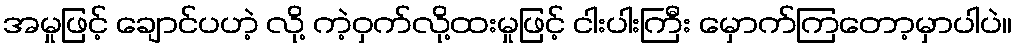
အမှုဖြင့် ချောင်ပဟဲ့ လို့ ကဲ့ဝှက်လို့ထးမှုဖြင့် ငါးပါးကြီး မှောက်ကြတော့မှာပါပဲ။